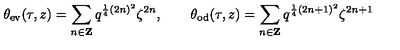
\theta _ { \mathrm { e v } } ( \tau , z ) = \sum _ { n \in { \bf Z } } q ^ { \frac { 1 } { 4 } ( 2 n ) ^ { 2 } } \zeta ^ { 2 n } , \qquad \theta _ { \mathrm { o d } } ( \tau , z ) = \sum _ { n \in { \bf Z } } q ^ { \frac { 1 } { 4 } ( 2 n + 1 ) ^ { 2 } } \zeta ^ { 2 n + 1 }